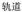
轨道